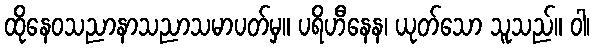
ထိုနေဝသညာနာသညာသမာပတ်မှ။ ပရိဟီနေန၊ ယုတ်သော သူသည်။ ဝါ၊